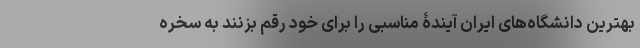
بهترین دانشگاه‌های ایران آیندۀ مناسبی را برای خود رقم بزنند به سُخره